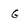
Character: G